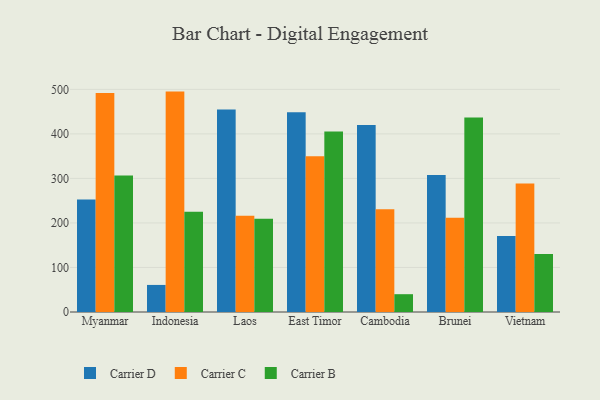
{"axis": {"x": "Country", "y": "LTV (USD)"}, "legend": ["Carrier B", "Carrier C", "Carrier D"], "data": [{"x": "Myanmar", "y": 252.5, "type": "Carrier D"}, {"x": "Myanmar", "y": 491.8, "type": "Carrier C"}, {"x": "Myanmar", "y": 306.4, "type": "Carrier B"}, {"x": "Indonesia", "y": 60.8, "type": "Carrier D"}, {"x": "Indonesia", "y": 495.0, "type": "Carrier C"}, {"x": "Indonesia", "y": 225.4, "type": "Carrier B"}, {"x": "Laos", "y": 454.6, "type": "Carrier D"}, {"x": "Laos", "y": 216.3, "type": "Carrier C"}, {"x": "Laos", "y": 209.6, "type": "Carrier B"}, {"x": "East Timor", "y": 448.6, "type": "Carrier D"}, {"x": "East Timor", "y": 349.9, "type": "Carrier C"}, {"x": "East Timor", "y": 405.3, "type": "Carrier B"}, {"x": "Cambodia", "y": 420.1, "type": "Carrier D"}, {"x": "Cambodia", "y": 230.5, "type": "Carrier C"}, {"x": "Cambodia", "y": 40.0, "type": "Carrier B"}, {"x": "Brunei", "y": 307.6, "type": "Carrier D"}, {"x": "Brunei", "y": 211.4, "type": "Carrier C"}, {"x": "Brunei", "y": 437.1, "type": "Carrier B"}, {"x": "Vietnam", "y": 170.6, "type": "Carrier D"}, {"x": "Vietnam", "y": 288.6, "type": "Carrier C"}, {"x": "Vietnam", "y": 130.4, "type": "Carrier B"}]}